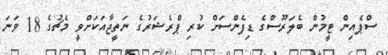
ސްޕެއިން ޓީމުން ބެލަރޫސްގެ ޑިފެންސަށް ކުރި ޕްރެޝަރުގެ ނަތީޖާއަކަށްވީ މެޗުގެ 18 ވަނަ